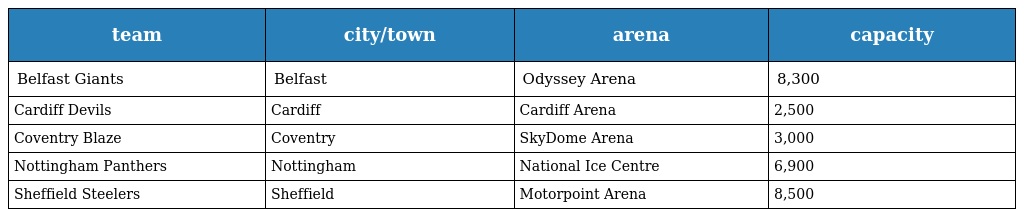
| team | city/town | arena | capacity |
 | --- | --- | --- | --- |
 | Belfast Giants | Belfast | Odyssey Arena | 8,300 |
 | Cardiff Devils | Cardiff | Cardiff Arena | 2,500 |
 | Coventry Blaze | Coventry | SkyDome Arena | 3,000 |
 | Nottingham Panthers | Nottingham | National Ice Centre | 6,900 |
 | Sheffield Steelers | Sheffield | Motorpoint Arena | 8,500 |